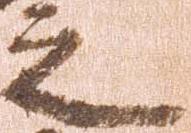
之